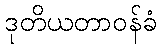
ဒုတိယတာဝန်ခံ